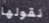
نقولها